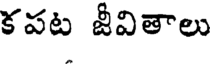
కపట జీవితాలు